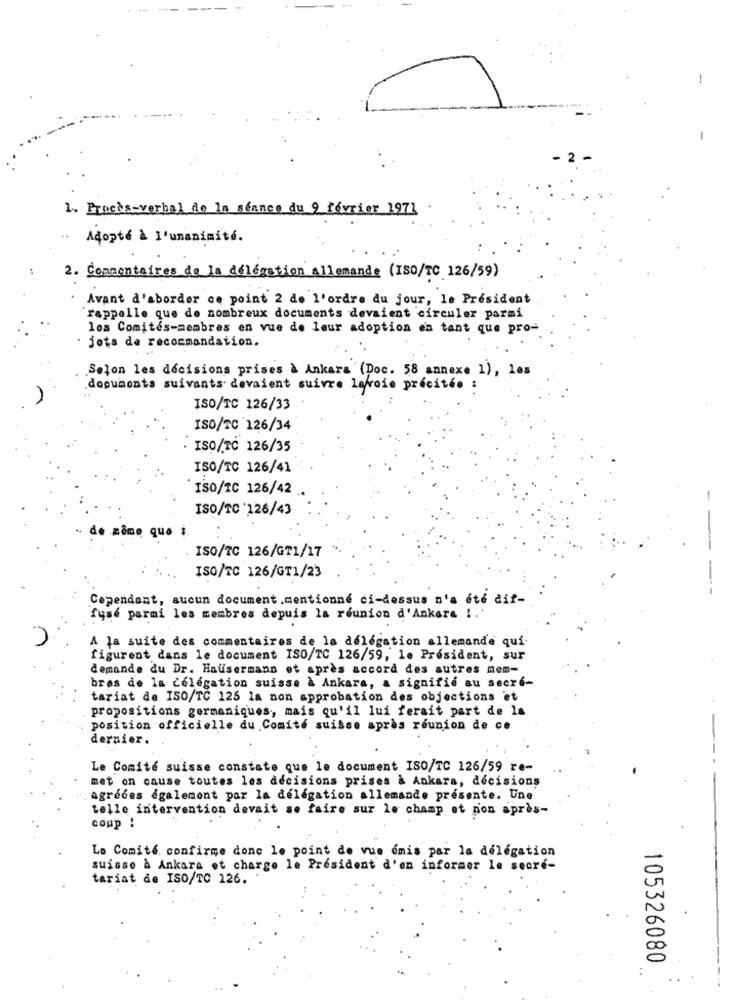
-
1. Procès-verbal de la séance du 9 février 1971
Adopté à l'unanimité.
2. Commentaires de la délégation Allemande (ISO/TC 126/59)
Avant d'aborder ce point 2 de l'ordre du jour, le Président
rappelle que de nombreux documents devaient circuler parmi
los Comités-membres en vue de leur adoption en tant que pro-
jots de recommandation.
Selon les décisions prises & Ankara (Doc. 58 annexe 1), les
documents suivants devaient suivre lavoie précitée :
ISO/TC 126/33
ISO/TC 126/34
ISO/TC 126/35
ISO/TC 126/41
ISO/TC 126/42
ISO/TC 226/43
de même que i.
ISO/TC 126/GT1/17
ISO/TC 126/GT1/23
Cependant, aucun document.mentionné ci-dessus n'a été dif-
fuse parmi les membres depuis la reunion d'Ankara !. '
A la suite des commentaires de la délégation allemande qui
figurent dans le document ISO/TC 126/59, le Président, sur
demande du Dr. Hausermann et après accord des autres nem-
bres de la delegation suisse à Ankara, a signifie au secré-
tariat de ISO/TC 125 la non approbation des objections et
propositions germaniques, mais qu'il lui ferait part de la
position officielle du Comité suisse après reunion de ce
dernier.
Le Comité suisse constate que le document ISO/TC 126/59 re-
met on cause toutes les decisions prises à Ankara, decisions
agredes également par la délégation allemande presente. Une
telle intervention devait se faire sur le champ et non après-
coup !
Le Comité confirme donc le point de vue émis par la délégation
suisse à Ankara et charge le Président d'en informer le secre-
tariat de ISO/TC 126.
105326080